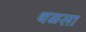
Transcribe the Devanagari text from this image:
थळला